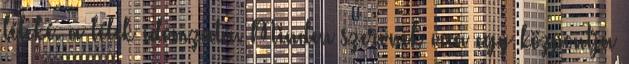
léleké. a lélek idomzata. Minden szervnek van egy központja